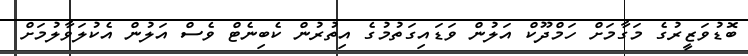
ބޮޑުވަޒީރުގެ މަގާމަށް ހަމްދޫކް އަލުން ވަޑައިގަތުމުގެ އިތުރުން ކެބިނެޓް ވެސް އަލުން އެކުލަވާލުމަށް